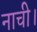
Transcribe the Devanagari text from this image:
नाची।